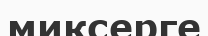
миксерге